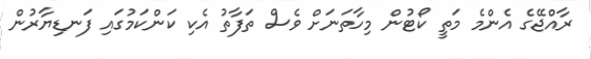
ރާއްޖޭގެ އެންމެ މަތީ ކޯޓުން މިހާތަނަށް ވެސް ތަފާތު އެކި ކަންކަމުގައި ފަނޑިޔާރުން